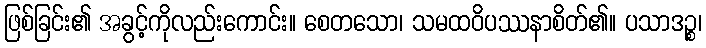
ဖြစ်ခြင်း၏ အခွင့်ကိုလည်းကောင်း။ စေတသော၊ သမထဝိပဿနာစိတ်၏။ ပသာဒဉ္စ၊